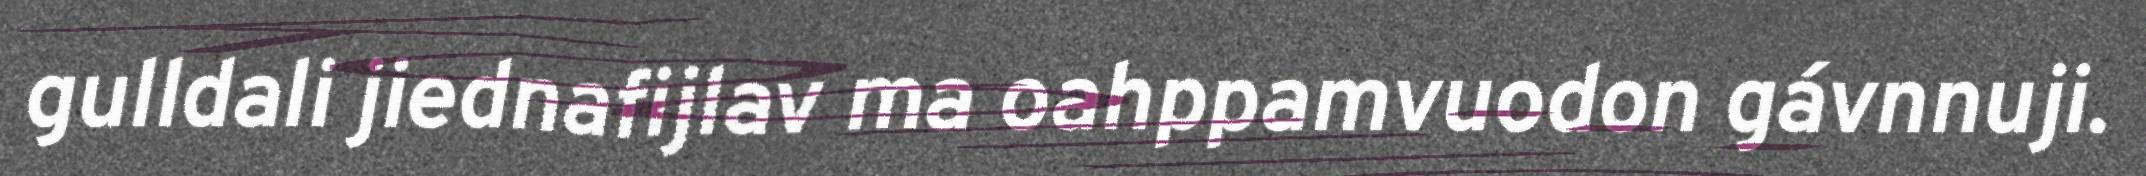
gulldali jiednafijlav ma oahppamvuodon gávnnuji.